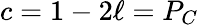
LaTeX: c=1-2\ell=P_{C}